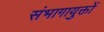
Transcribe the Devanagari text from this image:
संभागायुक्तों